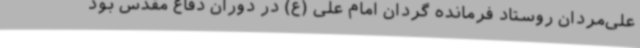
علی‌مردان روستاد فرمانده گردان امام علی (ع) در دوران دفاع مقدس بود